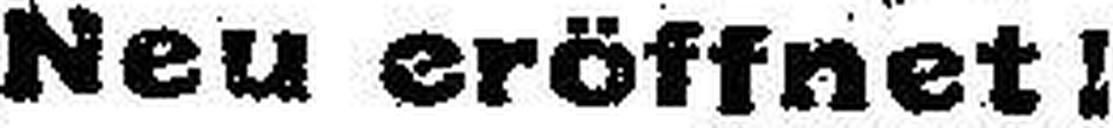
Neu eröffnet I